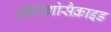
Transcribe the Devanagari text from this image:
औलिगोसैक्राइड